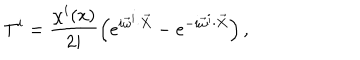
LaTeX: T ^ { i } = \frac { \chi ^ { i } ( x ) } { 2 i } \left( e ^ { i \vec { \omega } ^ { i } \cdot \vec { X } } - e ^ { - i \vec { \omega } ^ { i } \cdot \vec { X } } \right) ,